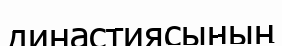
династиясының